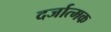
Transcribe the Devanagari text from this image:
दर्जात्मक